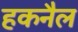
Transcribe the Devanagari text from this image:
हकनैल